Madras plague regulations in force outside the Presidency town - Volume 5
Disease focus: Plague
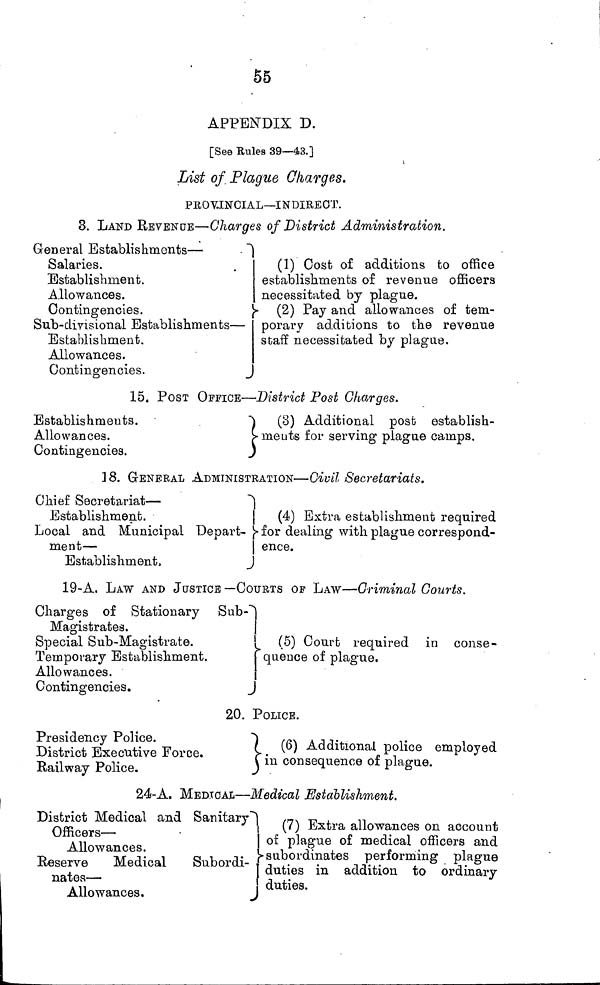
55
APPENDIX D.
[See Rules 39—43.]
List of. Plague Charges.
PROV.INCIAL—INDIRECT.
3. LAND REVENUE—Charges of District Administration.
General Establishments —
Salaries.
Establishment.
Allowances.
Contingencies.
Sub-divisional Establishments —
Establishment.
Allowances.
Contingencies.
(1) Cost of additions to office
establishments of revenue officers
necessitated by plague.
(2) Pay and allowances of tem-
porary additions to the revenue
staff necessitated by plague.
15. POST OFFICE—District Post Charges.
Establishments.
Allowances.
Contingencies.
(3)
Additional post establish-
ments for serving plague camps.
18. GENERAL ADMINISTRATION—Civil Secretariats.
Chief Secretariat —
Establishment.
Local and Municipal Depart-
ment —
Establishment,
(4) Extra establishment required
for dealing with plague correspond-
ence.
19-A. LAW AND JUSTICE —COURTS OF LAW—Criminal Courts.
Charges of Stationary
Sub
Magistrates.
Special Sub-Magistrate.
Temporary Establishment.
Allowances.
Contingencies.
(5) Court required in conse-
quence of plague.
20. POLICE.
Presidency Police.
District Executive Force.
Railway Police.
(6) Additional police employed
in consequence of plague.
24-A. MEDICAL—Medical Establishment.
District Medical and
Sanitary
Officers-
Allowances,
Reserve
Medical
Subordi-
nates —
Allowances.
(7) Extra allowances on account
of plague of medical officers and
subordinates
performing plague
duties in addition to ordinary
duties.